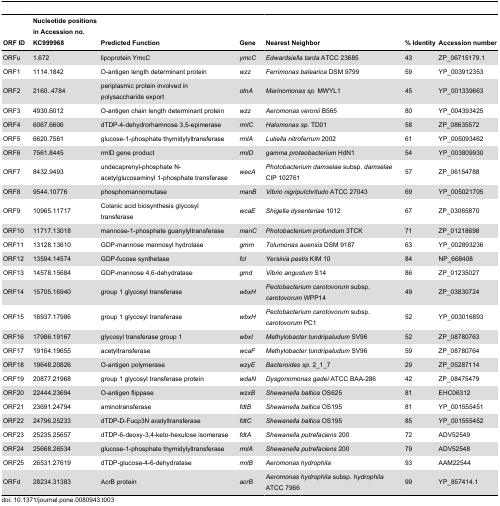
<table><thead><tr><td><b>ORF ID</b></td><td><b>Nucleotide positions in Accession no. KC999968</b></td><td><b>Predicted Function</b></td><td><b>Gene</b></td><td><b>Nearest Neighbor</b></td><td><b>% Identity</b></td><td><b>Accession number</b></td></tr></thead><tbody><tr><td>ORFu</td><td>1.672</td><td>lipoprotein YmcC</td><td><i>ymcC</i></td><td><i>Edwardsiella tarda</i> ATCC 23685</td><td>43</td><td>ZP_06715179.1</td></tr><tr><td>ORF1</td><td>1114.1842</td><td>O-antigen length determinant protein</td><td><i>wzz</i></td><td><i>Ferrimonas balearica</i> DSM 9799</td><td>59</td><td>YP_003912353</td></tr><tr><td>ORF2</td><td>2160..4784</td><td>periplasmic protein involved in polysaccharide export</td><td><i>otnA</i></td><td><i>Marinomonas</i><i>sp.</i> MWYL1</td><td>45</td><td>YP_001339663</td></tr><tr><td>ORF3</td><td>4930.6012</td><td>O-antigen chain length determinant protein</td><td><i>wzz</i></td><td><i>Aeromonas veronii</i> B565</td><td>80</td><td>YP_004393425</td></tr><tr><td>ORF4</td><td>6067.6606</td><td>dTDP-4-dehydrorhamnose 3,5-epimerase</td><td><i>rmlC</i></td><td><i>Halomonas</i><i>sp.</i> TD01</td><td>58</td><td>ZP_08635572</td></tr><tr><td>ORF5</td><td>6620.7561</td><td>glucose-1-phosphate thymidylyltransferase</td><td><i>rmlA</i></td><td><i>Lutiella nitroferrum</i> 2002</td><td>61</td><td>YP_005093462</td></tr><tr><td>ORF6</td><td>7561.8445</td><td>rmlD gene product</td><td><i>rmlD</i></td><td><i>gamma proteobacterium</i> HdN1</td><td>54</td><td>YP_003809930</td></tr><tr><td>ORF7</td><td>8432.9493</td><td>undecaprenyl-phosphate N-acetylglucosaminyl 1-phosphate transferase</td><td><i>wecA</i></td><td><i>Photobacterium damselae</i> subsp. <i>damselae</i> CIP 102761</td><td>57</td><td>ZP_06154788</td></tr><tr><td>ORF8</td><td>9544.10776</td><td>phosphomannomutase</td><td><i>manB</i></td><td><i>Vibrio nigripulchritudo</i> ATCC 27043</td><td>69</td><td>YP_005021705</td></tr><tr><td>ORF9</td><td>10965.11717</td><td>Colanic acid biosynthesis glycosyl transferase</td><td><i>wcaE</i></td><td><i>Shigella dysenteriae</i> 1012</td><td>67</td><td>ZP_03065870</td></tr><tr><td>ORF10</td><td>11717.13018</td><td>mannose-1-phosphate guanylyltransferase</td><td><i>manC</i></td><td><i>Photobacterium profundum</i> 3TCK</td><td>71</td><td>ZP_01218698</td></tr><tr><td>ORF11</td><td>13128.13610</td><td>GDP-mannose mannosyl hydrolase</td><td><i>gmm</i></td><td><i>Tolumonas auensis</i> DSM 9187</td><td>63</td><td>YP_002893236</td></tr><tr><td>ORF12</td><td>13594.14574</td><td>GDP-fucose synthetase</td><td><i>fcl</i></td><td><i>Yersinia pestis</i> KIM 10</td><td>84</td><td>NP_668408</td></tr><tr><td>ORF13</td><td>14578.15684</td><td>GDP-mannose 4,6-dehydratase</td><td><i>gmd</i></td><td><i>Vibrio angustum</i> S14</td><td>86</td><td>ZP_01235027</td></tr><tr><td>ORF14</td><td>15705.16940</td><td>group 1 glycosyl transferase</td><td><i>wbxH</i></td><td><i>Pectobacterium carotovorum</i> subsp. <i>carotovorum</i> WPP14</td><td>49</td><td>ZP_03830724</td></tr><tr><td>ORF15</td><td>16937.17986</td><td>group 1 glycosyl transferase</td><td><i>wbxH</i></td><td><i>Pectobacterium carotovorum</i> subsp. <i>carotovorum</i> PC1</td><td>52</td><td>YP_003016893</td></tr><tr><td>ORF16</td><td>17986.19167</td><td>glycosyl transferase group 1</td><td><i>wbxI</i></td><td><i>Methylobacter tundripaludum</i> SV96</td><td>52</td><td>ZP_08780763</td></tr><tr><td>ORF17</td><td>19164.19655</td><td>acetyltransferase</td><td><i>wcaF</i></td><td><i>Methylobacter tundripaludum</i> SV96</td><td>59</td><td>ZP_08780764</td></tr><tr><td>ORF18</td><td>19648.20826</td><td>O-antigen polymerase</td><td><i>wzyE</i></td><td><i>Bacteroides</i><i>sp.</i> 2_1_7</td><td>29</td><td>ZP_05287114</td></tr><tr><td>ORF19</td><td>20877.21968</td><td>group 1 glycosyl transferase protein</td><td><i>wdaN</i></td><td><i>Dysgonomonas gadei</i> ATCC BAA-286</td><td>42</td><td>ZP_08475479</td></tr><tr><td>ORF20</td><td>22444.23694</td><td>O-antigen flippase</td><td><i>wzxB</i></td><td><i>Shewanella baltica</i> OS625</td><td>81</td><td>EHC06312</td></tr><tr><td>ORF21</td><td>23691.24794</td><td>aminotransferase</td><td><i>fdtB</i></td><td><i>Shewanella baltica</i> OS195</td><td>81</td><td>YP_001555451</td></tr><tr><td>ORF22</td><td>24796.25233</td><td>dTDP-D-Fucp3N acetyltransferase</td><td><i>fdtC</i></td><td><i>Shewanella baltica</i> OS195</td><td>85</td><td>YP_001555452</td></tr><tr><td>ORF23</td><td>25235.25657</td><td>dTDP-6-deoxy-3,4-keto-hexulose isomerase</td><td><i>fdtA</i></td><td><i>Shewanella putrefaciens</i> 200</td><td>72</td><td>ADV52549</td></tr><tr><td>ORF24</td><td>25668.26534</td><td>glucose-1-phosphate thymidylyltransferase</td><td><i>rmlA</i></td><td><i>Shewanella putrefaciens</i> 200</td><td>79</td><td>ADV52548</td></tr><tr><td>ORF25</td><td>26531.27619</td><td>dTDP-glucose-4-6-dehydratase</td><td><i>rmlB</i></td><td><i>Aeromonas hydrophila</i></td><td>93</td><td>AAM22544</td></tr><tr><td>ORFd</td><td>28234.31383</td><td>AcrB protein</td><td><i>acrB</i></td><td><i>Aeromonas hydrophila</i> subsp. <i>hydrophila</i> ATCC 7966</td><td>99</td><td>YP_857414.1</td></tr></tbody></table>